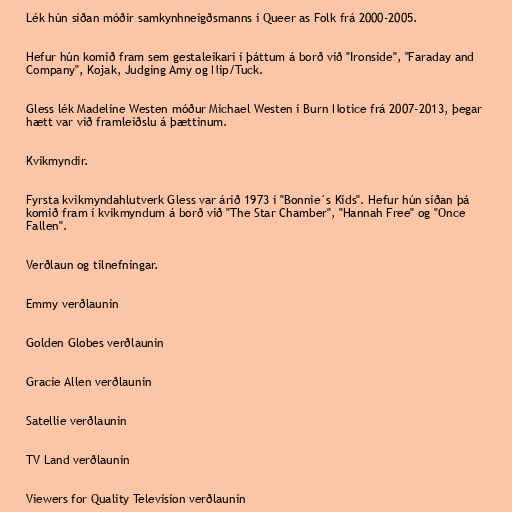
Lék hún síðan móðir samkynhneigðsmanns í Queer as Folk frá 2000-2005.

Hefur hún komið fram sem gestaleikari í þáttum á borð við "Ironside", "Faraday and
Company", Kojak, Judging Amy og Nip/Tuck.

Gless lék Madeline Westen móður Michael Westen í Burn Notice frá 2007-2013, þegar
hætt var við framleiðslu á þættinum.

Kvikmyndir.

Fyrsta kvikmyndahlutverk Gless var árið 1973 í "Bonnie´s Kids". Hefur hún síðan þá
komið fram í kvikmyndum á borð við "The Star Chamber", "Hannah Free" og "Once
Fallen".

Verðlaun og tilnefningar.

Emmy verðlaunin

Golden Globes verðlaunin

Gracie Allen verðlaunin

Satellie verðlaunin

TV Land verðlaunin

Viewers for Quality Television verðlaunin